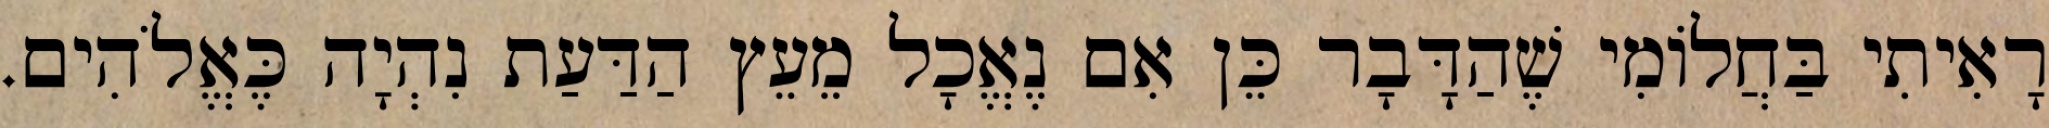
רָאִיתִי בַּחֲלוֹמִי שֶׁהַדָּבָר כֵּן אִם נֶאֱכָל מֵעֵץ הַדַּעַת נִהְיָה כֶּאֱלֹהִים.